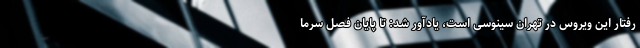
رفتار این ویروس در تهران سینوسی است، یادآور شد: تا پایان فصل سرما